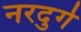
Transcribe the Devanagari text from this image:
नरदुर्ग